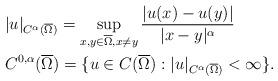
LaTeX: \begin{align*}&\vert u\vert_{C^{\alpha}(\overline{\Omega})} = \displaystyle\sup_{x,y \in \overline{\Omega},x\neq y} \frac{\vert u(x) - u(y) \vert}{\vert x-y\vert^{\alpha}} \\&C^{0,\alpha}(\overline{\Omega}) = \{u \in C(\overline{\Omega}): |u|_{C^{\alpha}(\overline{\Omega})} < \infty \}.\end{align*}